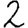
Digit: 2